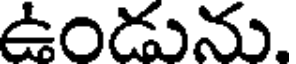
ఉండును.